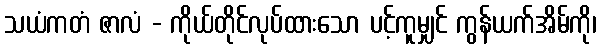
သယံကတံ ဇာလံ - ကိုယ်တိုင်လုပ်ထားသော ပင့်ကူမျှင် ကွန်ယက်အိမ်ကို၊